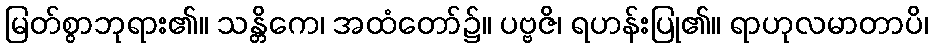
မြတ်စွာဘုရား၏။ သန္တိကေ၊ အထံတော်၌။ ပဗ္ဗဇိ၊ ရဟန်းပြု၏။ ရာဟုလမာတာပိ၊